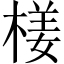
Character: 𣕞